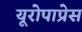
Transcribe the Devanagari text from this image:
यूरोपाप्रेस